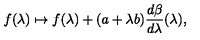
f ( \lambda ) \mapsto f ( \lambda ) + ( a + \lambda b ) \frac { d \beta } { d \lambda } ( \lambda ) ,